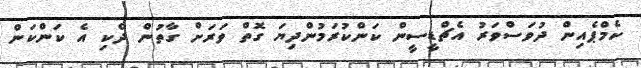
ކެމްޕެއިން ދުވަސްވަރު އެޗްޑީސީން ކަންކުރަމުންދިޔަ ގޮތް ވަރަށް ގާތުން ދެކި އެ ކަންކަން